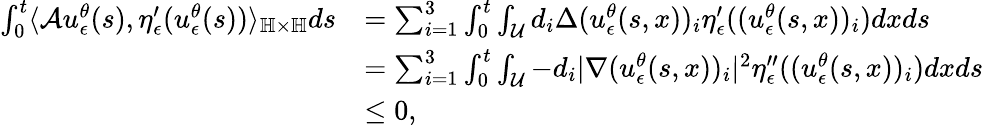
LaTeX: \begin{array}{rl}{\int_{0}^{t}\langle\mathcal{A}u_{\epsilon}^{\theta}(s),\eta_{\epsilon}^{\prime}(u_{\epsilon}^{\theta}(s))\rangle_{\mathbb{H}\times\mathbb{H}}ds}&{=\sum_{i=1}^{3}\int_{0}^{t}\int_{\mathcal{U}}d_{i}\Delta(u_{\epsilon}^{\theta}(s,x))_{i}\eta_{\epsilon}^{\prime}((u_{\epsilon}^{\theta}(s,x))_{i})dxds}\\ &{=\sum_{i=1}^{3}\int_{0}^{t}\int_{\mathcal{U}}-d_{i}\vert\nabla(u_{\epsilon}^{\theta}(s,x))_{i}\vert^{2}\eta_{\epsilon}^{\prime\prime}((u_{\epsilon}^{\theta}(s,x))_{i})dxds}\\ &{\leq 0,}\end{array}